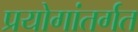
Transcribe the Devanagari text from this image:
प्रयोगांतर्गत